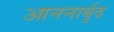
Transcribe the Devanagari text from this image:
आननार्बुद